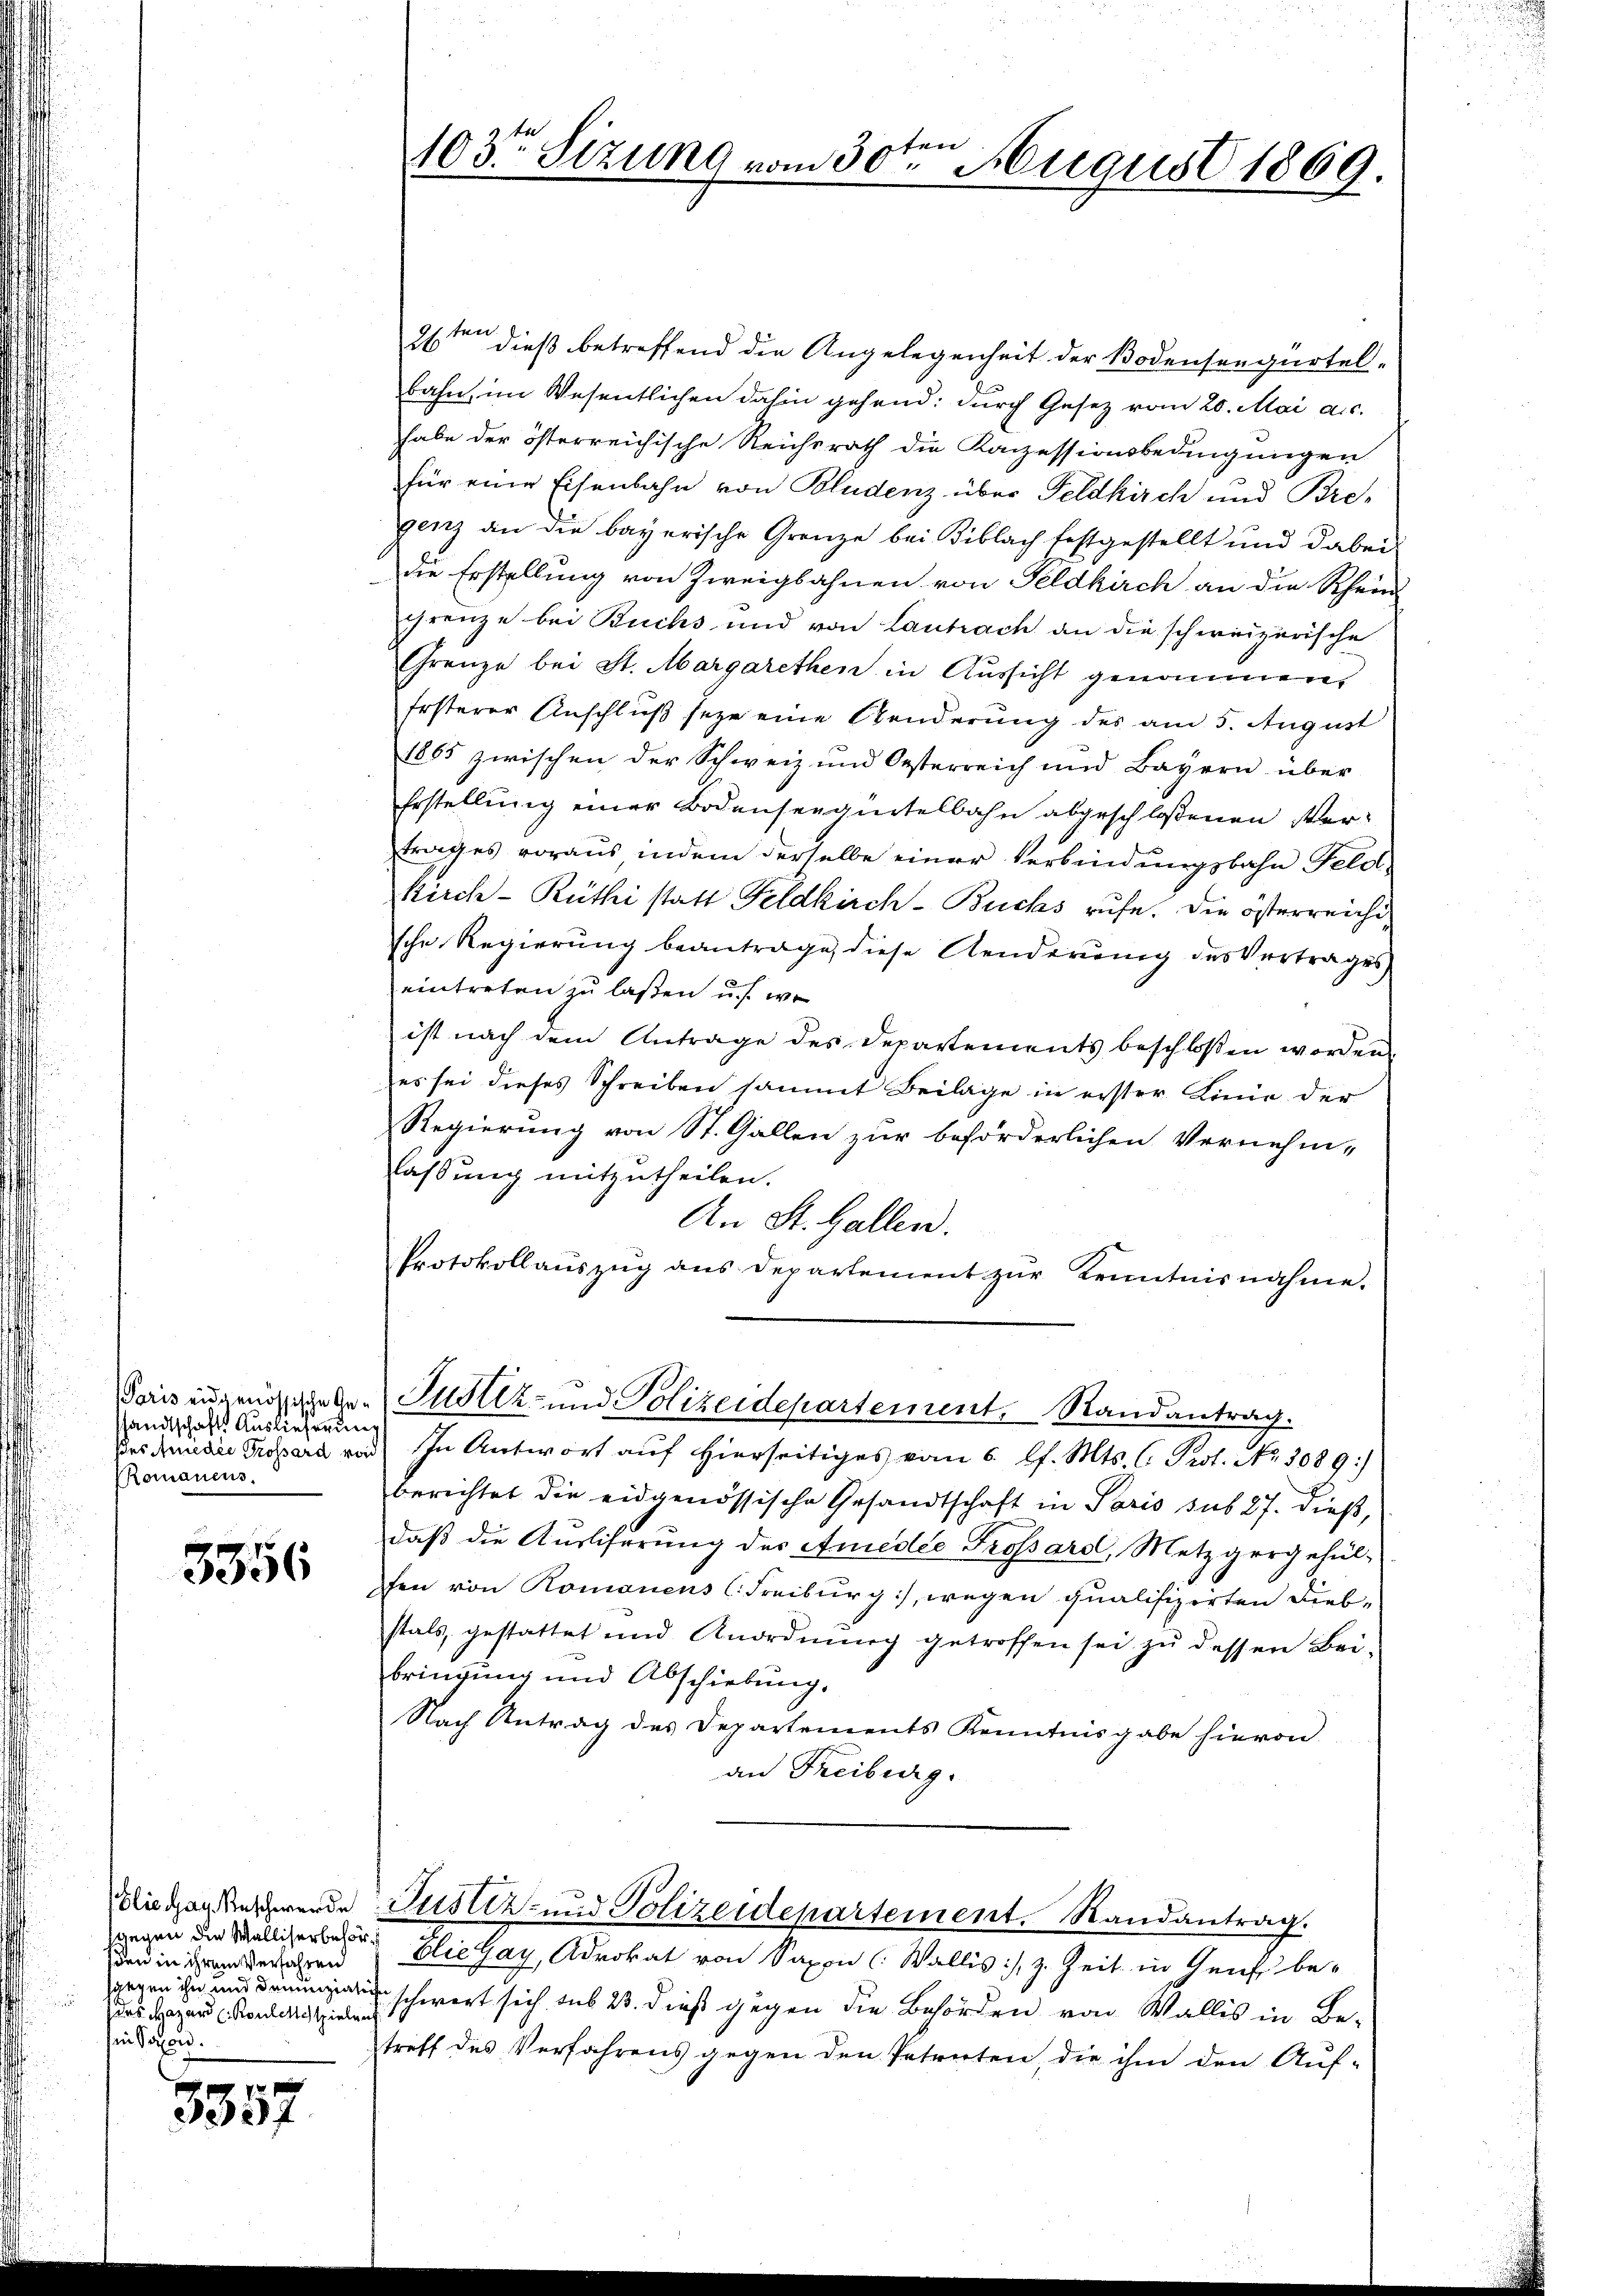
Paris eidgenössische Gesandtschaft Auslieferung
Des Arie die Grossard vor
Romanens.

3356

Elie ag. Beschwerde
hgegen die Walliserbehör
sden in ihrem Verfahren
sgegen ihn und denunziglich
des Hazard (Roulche spielen
in Posen.

12 x
3331

ten
103ten Sizung vom 30. August 1869.

26ten dieß betreffend die Angelegenheit der Bodenseegürtel-
bahn, im Wesentlichen dahin gehend: durch Gesetz vom 20. Mai a.c.
habe der österreichische Reichsrath die Kanzessionsbedingungen
für eine Eisenbahn von Bludenz über Feldkirch und Bregenz an die bayerische Grenze bei Biblach festgestellt und dabei
die Erstellung von Zweigbahnen von Feldkirch an die Rhein
Grenze bei Buchs und von Laubrach an die schweizerische
Grenze bei St. Margarethen in Aussicht genommen,
Ersterer Anschluß seye eine Aenderung des am 5. August
1865 zwischen der Schweiz und Oesterreich und Bayern über
Erstellung einer Bodenseeguitelbahn abgeschlossenen Vertrages voraus indem derselbe einer Verbindungsbahn Feld-
Kirch-Rüthi statt Feldkirch-Buchs rufe. Die österreichische Regierung beantrage, diese Aenderung des Vertrages
eintreten zu laßen u. s. wo
ist nach dem Antrage des Departements beschloßen worden
es sei dieses Schreiben sammt Beilage in erster Linie der
Regierung von St. Gallen zur beförderlichen Vernehm-
assŭng mitzutheilen.
An St. Gallen.
Protokollaŭszŭg ans Departement zŭr Kenntnisnahme.
Justiz- und Polizeidepartement, Randantrag.
In Antwort auf hierseitiges vom 6. l. Mts. C. Prot. No. 3089:
berichtet die eidgenössische Gesandtschaft in Paris sub 27. dieß,
daß die Ausliferung der Amedie Trossard, Metzgergehülfen von Romanens C. Freiburg), wegen qualifizirten Diebstals, gestattet und Anordnung getroffen sei zu dessen Bei-
bringung und Abschiebung.
Nach Antrag des Departements Kenntnisgabe hievon
an Freiburg.
Justiz- und Polizeidepartement. Randantrag.
Elie Gay, Advokat von Saxon (Wallis :/ z. Zeit in Genf be-
schwert sich aus 23. dieß gegen die Behörden von Wallis in Betreff des Verfahrens gegen den Petreten die ihm den Auf-